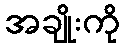
အချိုးကို